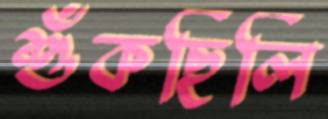
শুঁকছিলি